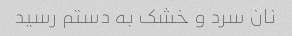
نان سرد و خشک به دستم رسید